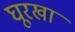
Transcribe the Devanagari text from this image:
घूरखा